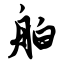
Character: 舶